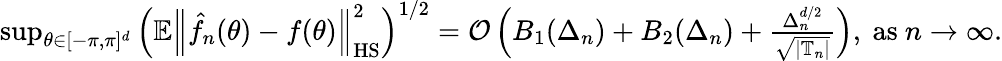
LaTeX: \begin{array}{r}{\operatorname*{sup}_{\theta\in[-\pi,\pi]^{d}}\Big(\mathbb{E}\left\Vert\hat{f}_{n}(\theta)-f(\theta)\right\Vert_{\mathrm{HS}}^{2}\Big)^{1/2}=\mathcal{O}\left(B_{1}(\Delta_{n})+B_{2}(\Delta_{n})+\frac{\Delta_{n}^{d/2}}{\sqrt{|\mathbb T_{n}|}}\right),\ \mathrm{as}\ n\to\infty.}\end{array}